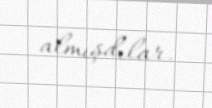
almışdılar.